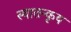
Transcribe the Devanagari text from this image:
स्वातन्कृय